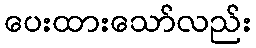
ပေးထားသော်လည်း